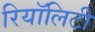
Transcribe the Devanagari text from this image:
रियॉलिटी